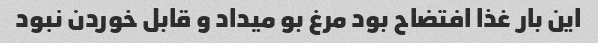
این بار غذا افتضاح بود مرغ بو میداد و قابل خوردن نبود